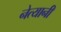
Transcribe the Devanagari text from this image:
नेत्यानी